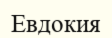
Евдокия